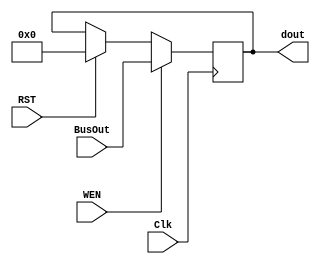
module Reg_module_RW //write, reset enable //Rt, AC
#(parameter WIDTH = 8)
(Clk,RST,WEN,BusOut,dout);
input Clk, WEN,RST;
input [WIDTH-1:0] BusOut;
output [WIDTH-1:0] dout;
reg [WIDTH-1:0] value;


always @(negedge Clk) 
begin

    if (WEN) value <= BusOut;
    else if (RST) value <= 8'b0;       
end

assign dout=value;
    
endmodule